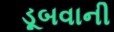
ડૂબવાની